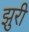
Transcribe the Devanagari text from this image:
झुरी